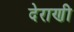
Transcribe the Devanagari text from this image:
देराणी